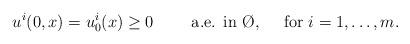
LaTeX: \begin{align*}u^i(0,x)=u^i_0(x)\geq 0 \quad\quad\mbox{ a.e. in }\O,\quad\mbox{ for } i=1,\ldots,m.\end{align*}